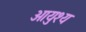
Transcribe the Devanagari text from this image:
आयुश्य